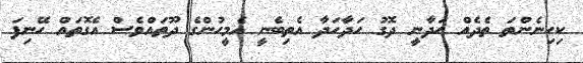
ކިހިނެންތަ ތެދެއް ހަދާނީ ދޮގު ހަދާހަދާ އެތިބެނީ އެމީހުންގެ ދޫތައްވެސް އެގޮތައް ހޭނިފަ